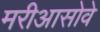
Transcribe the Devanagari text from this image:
मरीआसोवे